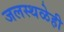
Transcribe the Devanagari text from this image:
जलस्थळेही